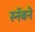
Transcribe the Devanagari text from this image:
स्नॅबने